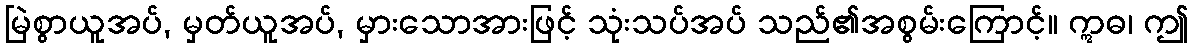
မြဲစွာယူအပ်, မှတ်ယူအပ်, မှားသောအားဖြင့် သုံးသပ်အပ် သည်၏အစွမ်းကြောင့်။ ဣဓ၊ ဤ